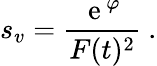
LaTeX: s_{v}=\frac{{\, \mathrm e}\, ^{\varphi}}{F(t)^{2}}\ .